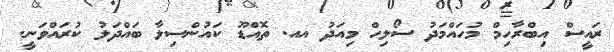
ރައީސް އިބްރާހިމް މުހައްމަދު ސޯލިހް މިއަދު އއ. ތޮއްޑޫ ކައުންސިލާ ބައްދަލު ކުރައްވަނީ.